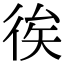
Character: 𢓪